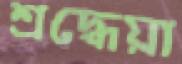
শ্রদ্ধেয়া